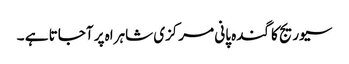
سیوریج کا گندہ پانی مرکزی شاہراہ پر آجاتا ہے ۔